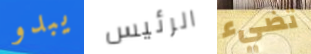
يبدو الرئيس تضيء